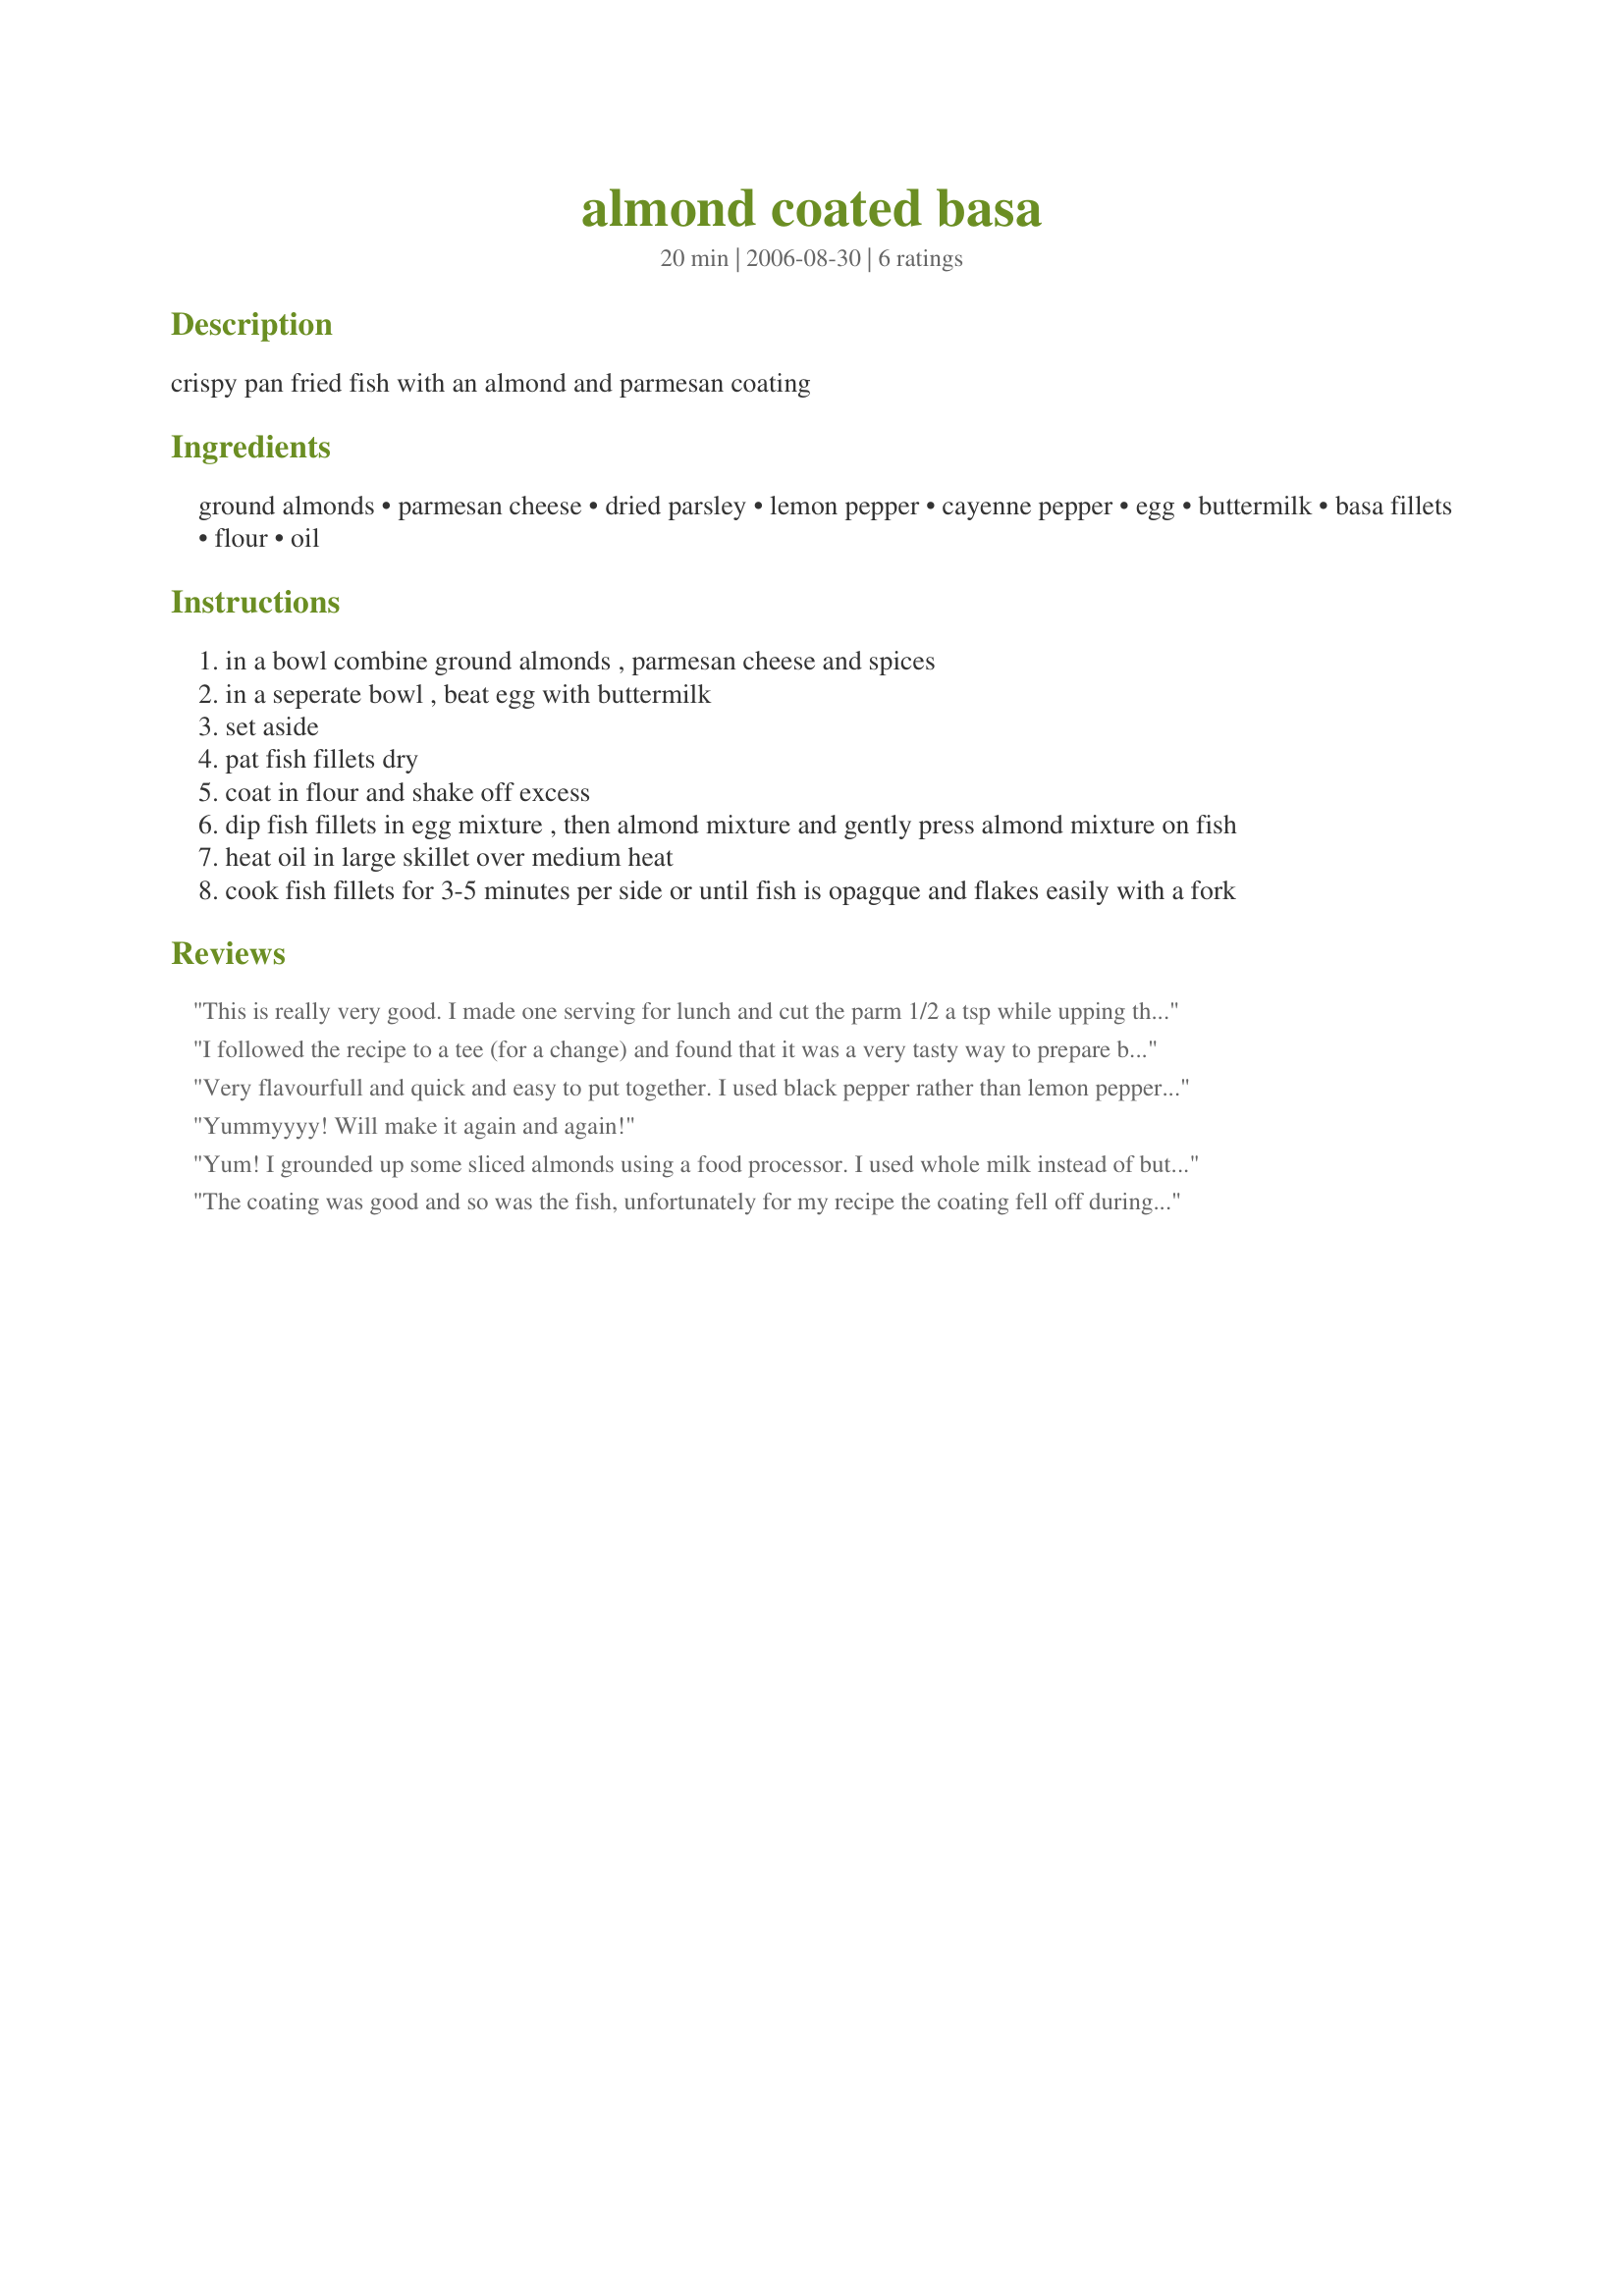
almond coated basa
Preparation time: 20 minutes

crispy pan fried fish with an almond and parmesan coating

Ingredients:
ground almonds, parmesan cheese, dried parsley, lemon pepper, cayenne pepper, egg, buttermilk, basa fillets, flour, oil

Steps:
in a bowl combine ground almonds , parmesan cheese and spices
in a seperate bowl , beat egg with buttermilk
set aside
pat fish fillets dry
coat in flour and shake off excess
dip fish fillets in egg mixture , then almond mixture and gently press almond mixture on fish
heat oil in large skillet over medium heat
cook fish fillets for 3-5 minutes per side or until fish is opagque and flakes easily with a fork

Reviews:
This is really very good. I made one serving for lunch and cut the parm 1/2 a tsp while upping the lemon pepper to 1/2 a tsp. It's quick and simple and makes an excellent lunch. The nut crust is so good and it browns very nicely.
I followed the recipe to a tee (for a change) and found that it was a very tasty way to prepare basa. I used the lemon pepper, and had lemon wedges on the side. It was quite an easy recipe to follow and turned out well. I served it with an orzo and asparagus side dish (recipe also from this site). A nice, healthy meal!
Very flavourfull and quick and easy to put together. I used black pepper rather than lemon pepper. Loved the almond crust and I will make it again, thanks for posting.
Yummyyyy! Will make it again and again!
Yum! I grounded up some sliced almonds using a food processor. I used whole milk instead of buttermilk and I didn't have ceyenne so I busted out the red pepper flakes. Very easy and everyone in the family loved it!
The coating was good and so was the fish, unfortunately for my recipe the coating fell off during cooking. :)
